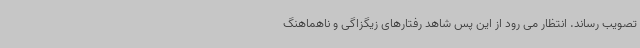
تصویب رساند. انتظار می رود از این پس شاهد رفتارهای زیگزاگی و ناهماهنگ